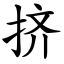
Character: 挤